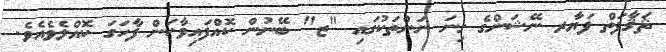
ޘަޤާފަތް ފަޔާރ ނޭޝަންގެ ގިނަ ނަންތަކުގައި "ޒ" ބޭނުން ކޮއްފައިވާކަން ފާހަގަ ކޮއްލެވެއެވެ.